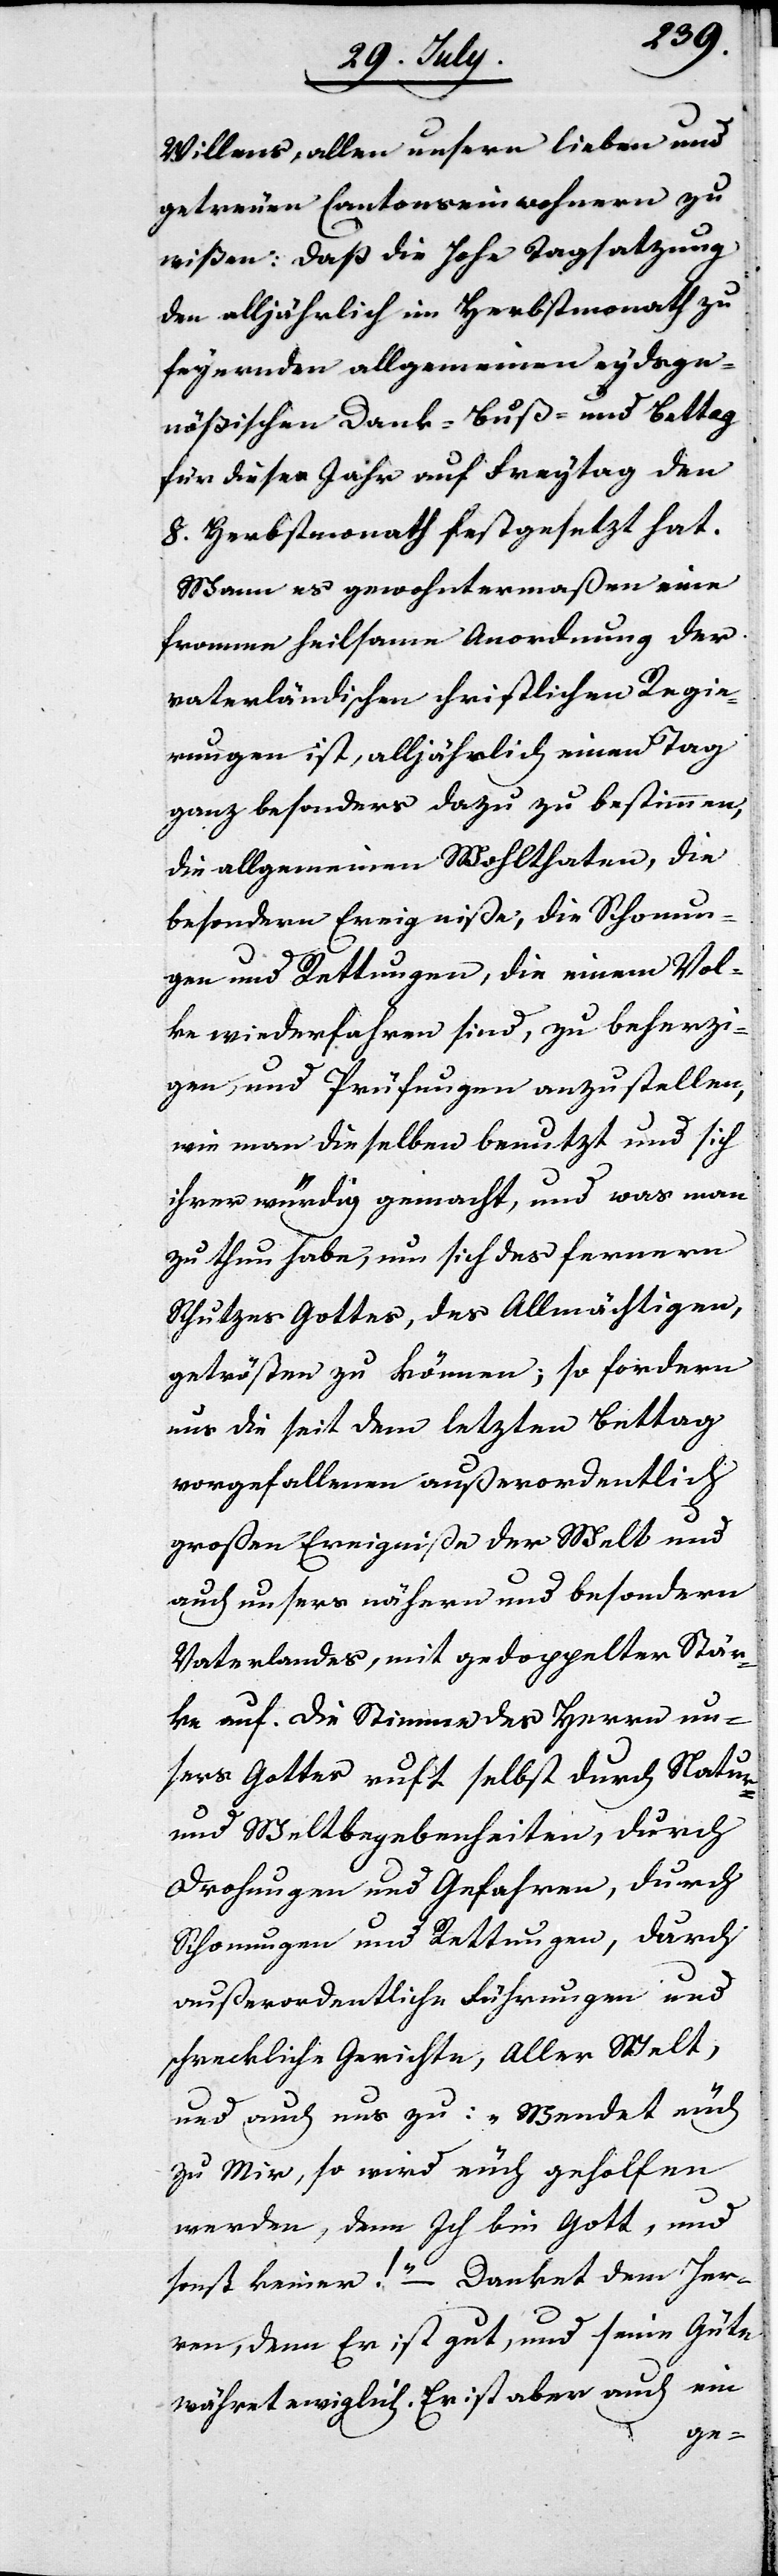
Willens, allen unsern lieben und
getreuen Cantonseinwohnern zu
wißen: Daß die Hohe Tagsatzung
den alljährlich im Herbstmonath zu
feyernden allgemeinen eydsge¬
nößischen Dank- Buß- und Bettag
für dieses Jahr auf Freytag den
8. Herbstmonath festgesetzt hat.
Wann es gewohntermaßen eine
fromme heilsame Anordnung der
vaterländischen christlichen Regie¬
rungen ist, alljährlich einen Tag
ganz besonders dazu zu bestimmen,
die allgemeinen Wohltaten, die
besondern Ereigniße, die Schonun¬
gen und Rettungen, die einem Vol¬
ke wiederfahren sind, zu beherzi¬
gen, und Prüfungen anzustellen,
wie man dieselben benutzt und sich
ihrer würdig gemacht, und was man
zu thun habe, um sich des fernern
Schutzes Gottes, des Allmächtigen,
getrösten zu können; so fordern
uns die seit dem letzten Bettag
vorgefallenen außerordentlich
großen Ereigniße der Welt und
auch unsers nähern und besondern
Vaterlandes, mit gedoppelter Stär¬
ke auf. Die Stimme des Herrn un¬
seres Gottes ruft selbst durch Natur-
und Weltbegebenheiten, durch
Schonungen und Rettungen, durch
außerordentliche Führungen und
schreckliche Gerichte, Aller Welt,
und auch uns zu: „Wendet euch
zu Mir, so wird euch geholfen
werden, denn Ich bin Gott, und
sonst keiner!“ – Danket dem Her¬
ren, denn Er ist gut, und seine Güte
währet ewiglich. Er ist aber auch ein